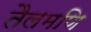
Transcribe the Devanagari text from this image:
तैलमणि